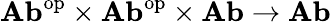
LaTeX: {\textbf{Ab}}^{\mathrm{op}}\times{\textbf{Ab}}^{\mathrm{op}}\times{\textbf{Ab}}\to{\textbf{Ab}}